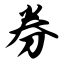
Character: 券